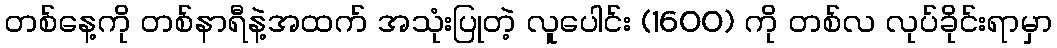
တစ်နေ့ကို တစ်နာရီနဲ့အထက် အသုံးပြုတဲ့ လူပေါင်း (1600) ကို တစ်လ လုပ်ခိုင်းရာမှာ